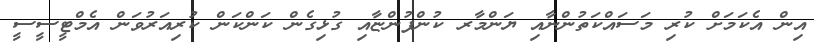
އިން އެކަމަށް ކުރި މަސައްކަތުންނާއި ޔަންމާރ ކުންފުންޏާއި ގުޅިގެން ކަންކަން ކުރިއަރުވަން އެމްޓީސީސީ